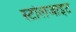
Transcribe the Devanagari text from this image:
स्टोलजाइट